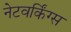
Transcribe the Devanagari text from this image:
नेटवर्किंग्स